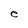
Character: e